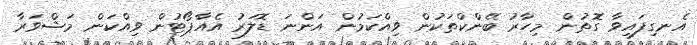
އެނގިފައިވާ ގޮތުން މިހާރު ބޭންކްތަކުން ވިއްކަމުން އަންނަ ޑޮލަރު އެއާޕޯޓުން ވިއްކަން މަޝްވަރާ